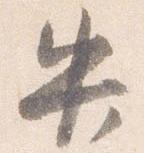
失